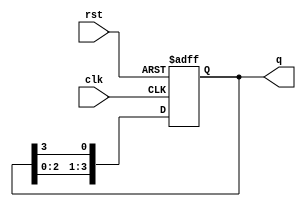
module ring_counter #(parameter N = 4) (
    input wire clk,          // Clock signal
    input wire rst,          // Asynchronous reset signal
    output reg [N-1:0] q     // Output representing the current state of the counter
);

// Initialize the counter state
always @(posedge clk or posedge rst) begin
    if (rst) begin
        // Reset the counter to initial state
        q <= 1'b1 << (N-1); // Set the last flip-flop to '1', others to '0'
    end else begin
        // Shift the '1' around the ring
        q <= {q[N-2:0], q[N-1]}; // Shifting the active '1' to the left
    end
end

endmodule